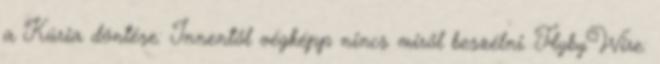
a Kúria döntése: Innentől végképp nincs miről beszélni. FlybyWire: